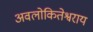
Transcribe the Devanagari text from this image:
अवलोकितेश्वराय